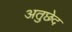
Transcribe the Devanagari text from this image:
अतुछेद